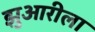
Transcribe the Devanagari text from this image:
झुआरीला